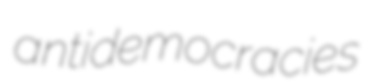
antidemocracies